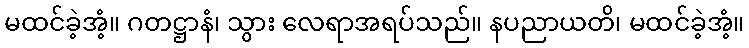
မထင်ခဲ့အံ့။ ဂတဋ္ဌာနံ၊ သွား လေရာအရပ်သည်။ နပညာယတိ၊ မထင်ခဲ့အံ့။